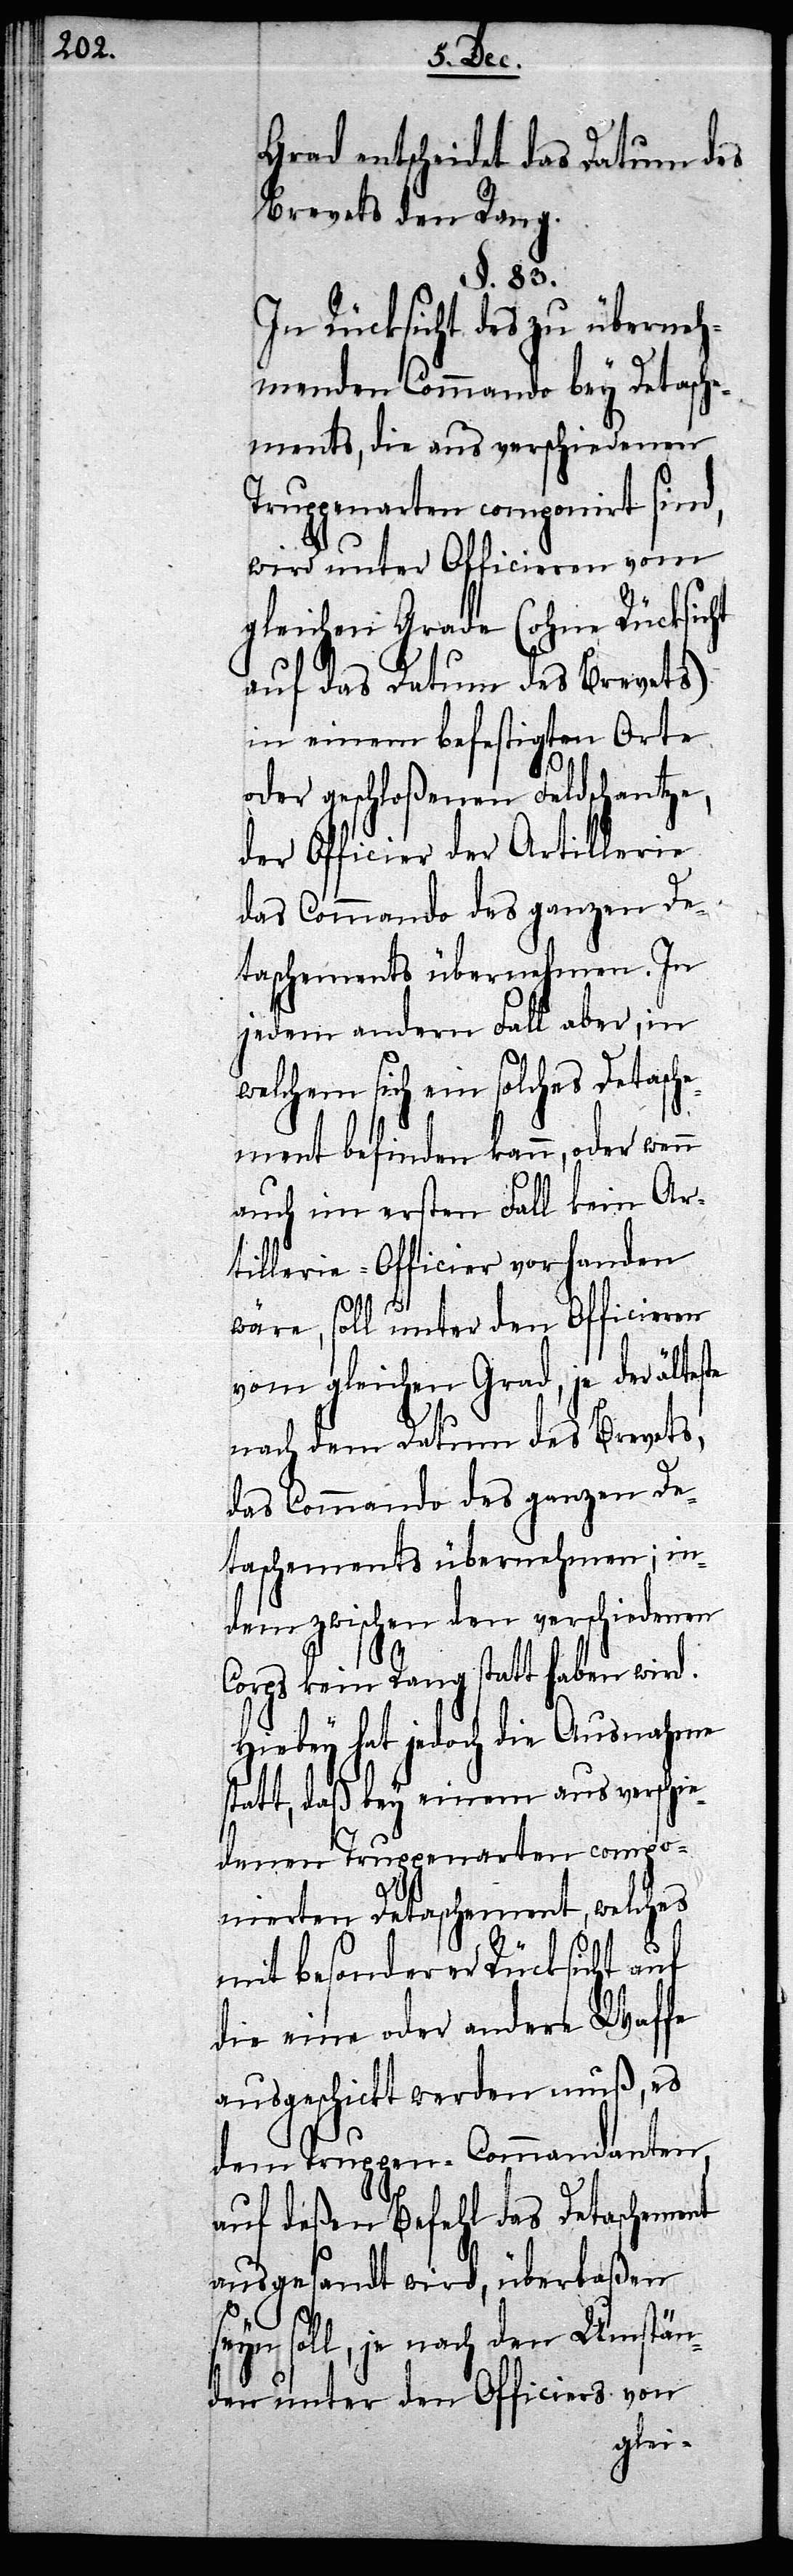
entscheidet das Datum des
Brevets den Rang.
§. 83.
In Rücksicht des zu überneh¬
menden Commando bey Detasche¬
ments, die aus verschiedenen
Truppenarten componirt sind,
wird unter Officieren vom
gleichen Grade (ohne Rücksicht
auf das Datum des Brevets)
in einem befestigten Orte
oder geschloßenen Feldschantze,
der Officier der Artillerie
das Commando des ganzen De¬
taschements übernehmen. In
jedem andern Fall aber, in
welchem sich ein solches Detasch¬
ement befinden kann, oder wenn
auch im ersten Fall kein Ar¬
tillerie-Officier vorhanden
wäre, soll unter den Officieren
vom gleichen Grad, je der älteste
nach dem Datum des Brevets,
das Commando des ganzen De¬
taschements übernehmen; in¬
dem zwischen den verschiedenen
Corps kein Rang statt haben wird.
Hiebey hat jedoch die Ausnahme
statt, daß bey einem aus verschie¬
denen Truppenarten compo¬
nierten Detaschement, welches
mit besonderer Rücksicht auf
die eine oder andere Waffe
ausgeschickt werden muß, es
dem Truppen-Commandanten,
auf deßen Befehl das Detaschement
ausgesandt wird, überlaßen
seyn soll, je nach den Umstän¬
den unter den Officiers von